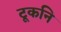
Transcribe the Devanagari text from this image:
टूकनि